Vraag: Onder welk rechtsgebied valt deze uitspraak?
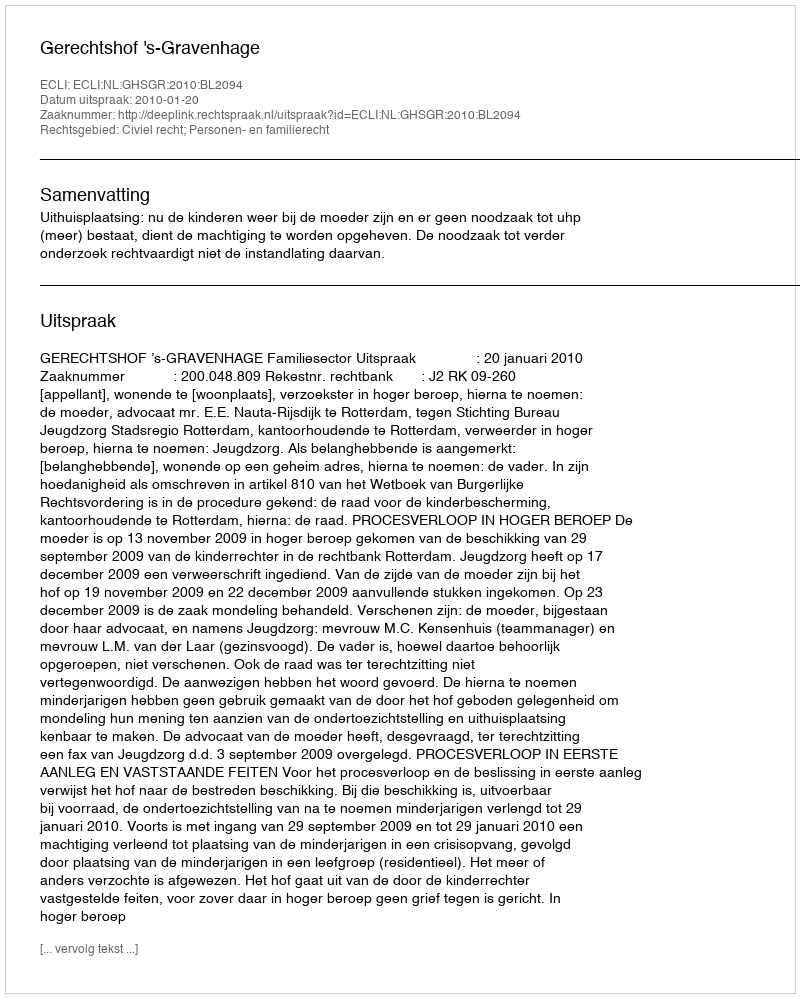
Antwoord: Civiel recht; Personen- en familierecht